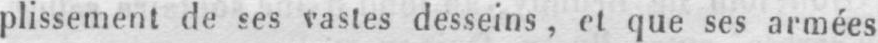
plissement de ses vastes desseins, et que ses armées